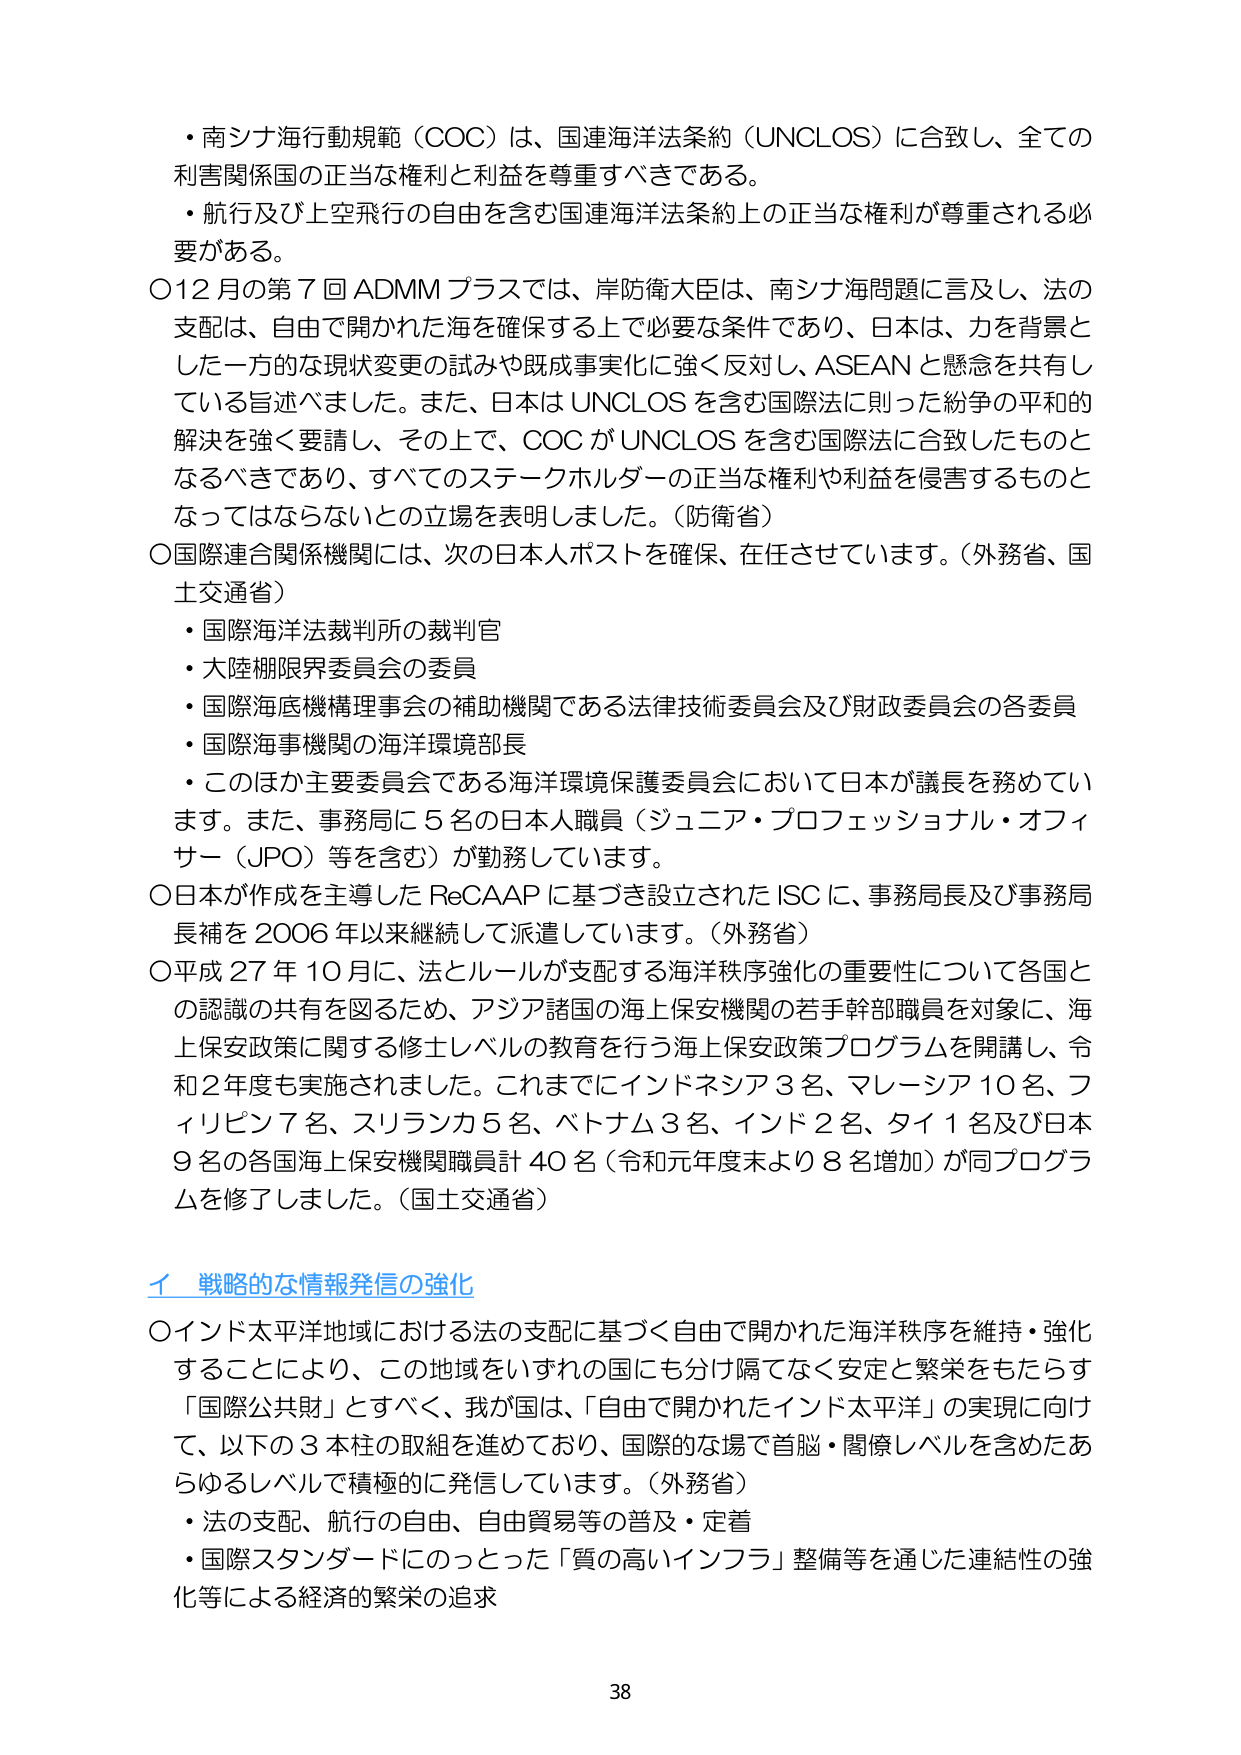
・南シナ海行動規範（COC）は、国連海洋法条約（UNCLOS）に合致し、全ての利害関係国の正当な権利と利益を尊重すべきである。
・航行及び上空飛行の自由を含む国連海洋法条約上の正当な権利が尊重される必要がある。
○12月の第7回ADMMプラスでは、岸防衛大臣は、南シナ海問題に言及し、法の支配は、自由で開かれた海を確保する上で必要な条件であり、日本は、力を背景とした一方的な現状変更の試みや既成事実化に強く反対し、ASEANと懸念を共有している旨述べました。また、日本はUNCLOSを含む国際法に則った紛争の平和的解決を強く要請し、その上で、COCがUNCLOSを含む国際法に合致したものとなるべきであり、すべてのステークホルダーの正当な権利や利益を侵害するものとなってはならないとの立場を表明しました。（防衛省）
○国際連合関係機関には、次の日本人ポストを確保、在任させています。（外務省、国土交通省）
・国際海洋法裁判所の裁判官
・大陸棚限界委員会の委員
・国際海底機構理事会の補助機関である法律技術委員会及び財政委員会の各委員
・国際海事機関の海洋環境部長
・このほか主要委員会である海洋環境保護委員会において日本が議長を務めています。また、事務局に5名の日本人職員（ジュニア・プロフェッショナル・オフィサー（JPO）等を含む）が勤務しています。
○日本が作成を主導したReCAAPに基づき設立されたISCに、事務局長及び事務局長補を2006年以来継続して派遣しています。（外務省）
○平成27年10月に、法とルールが支配する海洋秩序強化の重要性について各国との認識の共有を図るため、アジア諸国の海上保安機関の若手幹部職員を対象に、海上保安政策に関する修士レベルの教育を行う海上保安政策プログラムを開講し、令和2年度も実施されました。これまでにインドネシア3名、マレーシア10名、フィリピン7名、スリランカ5名、ベトナム3名、インド2名、タイ1名及び日本9名の各国海上保安機関職員計40名（令和元年度末より8名増加）が同プログラムを修了しました。（国土交通省）
イ 戦略的な情報発信の強化
○インド太平洋地域における法の支配に基づく自由で開かれた海洋秩序を維持・強化することにより、この地域をいずれの国にも分け隔てなく安定と繁栄をもたらす「国際公共財」とすべく、我が国は、「自由で開かれたインド太平洋」の実現に向けて、以下の3本柱の取組を進めており、国際的な場で首脳・閣僚レベルを含めたあらゆるレベルで積極的に発信しています。（外務省）
・法の支配、航行の自由、自由貿易等の普及・定着
・国際スタンダードにのっとった「質の高いインフラ」整備等を通じた連結性の強化等による経済的繁栄の追求
38